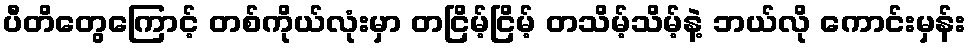
ပီတိတွေကြောင့် တစ်ကိုယ်လုံးမှာ တငြိမ့်ငြိမ့် တသိမ့်သိမ့်နဲ့ ဘယ်လို ကောင်းမှန်း